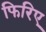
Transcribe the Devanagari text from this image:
फिरिए